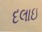
દલાઇ